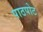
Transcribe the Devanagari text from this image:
पाठपोट